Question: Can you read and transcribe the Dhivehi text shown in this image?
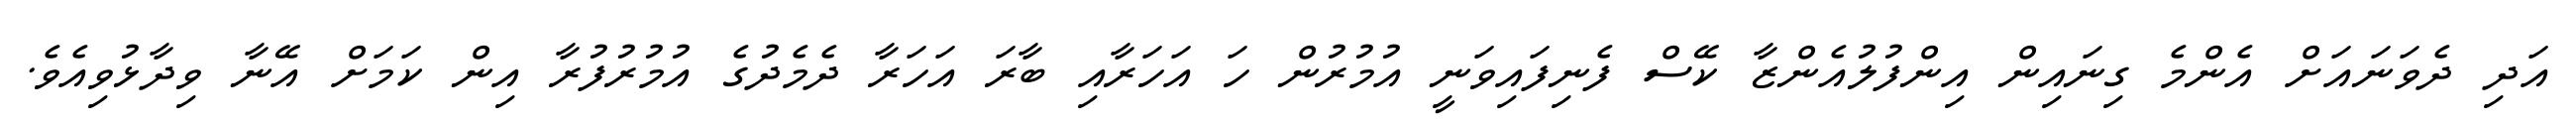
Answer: އަދި ދެވަނައަށް އެންމެ ގިނައިން އިންފުލުއެންޒާ ކޭސް ފެނިފައިވަނީ އުމުރުން ހަ އަހަރާއި ބާރަ އަހަރާ ދެމެދުގެ އުމުރުފުރާ އިން ކަމަށް އޭނާ ވިދާޅުވިއެވެ.